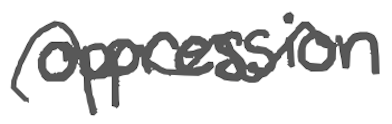
Text: oppression
Cross-out: wave
Writing tool: digital_gray